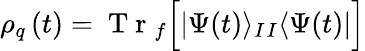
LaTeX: \rho_{q}\left(t\right)=\mathrm{~T~r~}_{f}\Big[|\Psi(t)\rangle_{I}{}_{I}\langle\Psi(t)|\Big]